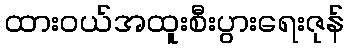
ထားဝယ်အထူးစီးပွားရေးဇုန်